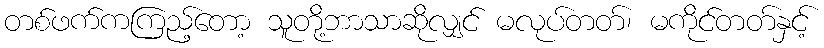
တစ်ဖက်ကကြည့်တော့ သူတို့ဘာသာဆိုလျှင် မလုပ်တတ်၊ မကိုင်တတ်နှင့်